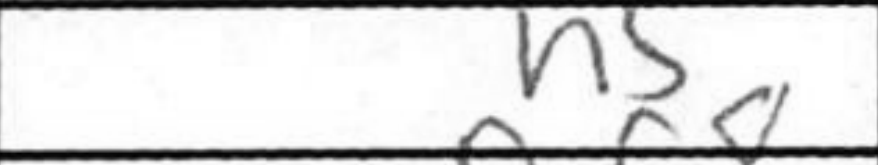
Transcription: h5